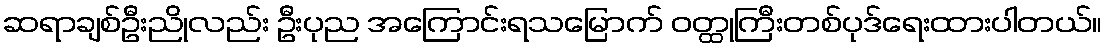
ဆရာချစ်ဦးညိုလည်း ဦးပုည အကြောင်းရသမြောက် ဝတ္ထုကြီးတစ်ပုဒ်ရေးထားပါတယ်။